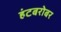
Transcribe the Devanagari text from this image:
हंटबरोबर